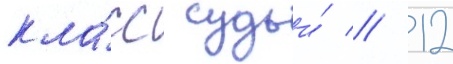
кла́сс судьи́ // 12